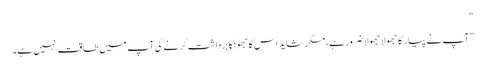
“
”آپ نے پیار کا جھولا جھولا ضرور ہے، مگر شاید اس کا جھونکا برداشت کرنے کی آپ میں طاقت نہیں ہے۔